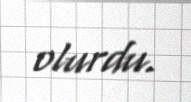
olurdu.